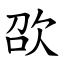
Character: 欩